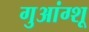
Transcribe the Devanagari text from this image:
गुआंग्शू